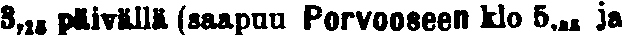
3,15 päivällä (saapuu Porvooseen klo 5,# ja